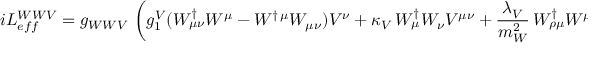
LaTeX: i { \cal L } _ { e f f } ^ { W W V } = g _ { W W V } \, \left( g _ { 1 } ^ { V } ( W _ { \mu \nu } ^ { \dagger } W ^ { \mu } - W ^ { \dagger \, \mu } W _ { \mu \nu } ) V ^ { \nu } + \kappa _ { V } \, W _ { \mu } ^ { \dagger } W _ { \nu } V ^ { \mu \nu } + { \frac { \lambda _ { V } } { m _ { W } ^ { 2 } } } \, W _ { \rho \mu } ^ { \dagger } { W ^ { \mu } } _ { \nu } V ^ { \nu \rho } \right) \; .